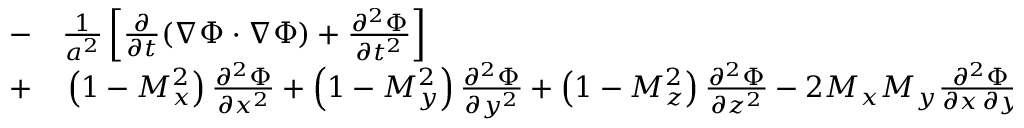
\begin{array} { r l } { - } & { { } { \frac { 1 } { a ^ { 2 } } } \left[ { \frac { \partial } { \partial t } } ( \nabla \Phi \cdot \nabla \Phi ) + { \frac { \partial ^ { 2 } \Phi } { \partial t ^ { 2 } } } \right] } \\ { + } & { { } \left( 1 - M _ { x } ^ { 2 } \right) { \frac { \partial ^ { 2 } \Phi } { \partial x ^ { 2 } } } + \left( 1 - M _ { y } ^ { 2 } \right) { \frac { \partial ^ { 2 } \Phi } { \partial y ^ { 2 } } } + \left( 1 - M _ { z } ^ { 2 } \right) { \frac { \partial ^ { 2 } \Phi } { \partial z ^ { 2 } } } - 2 M _ { x } M _ { y } { \frac { \partial ^ { 2 } \Phi } { \partial x \, \partial y } } - 2 M _ { y } M _ { z } { \frac { \partial ^ { 2 } \Phi } { \partial y \, \partial z } } - 2 M _ { z } M _ { x } { \frac { \partial ^ { 2 } \Phi } { \partial z \, \partial x } } = 0 } \end{array}